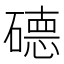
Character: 𱴱